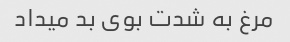
مرغ به شدت بوی بد میداد